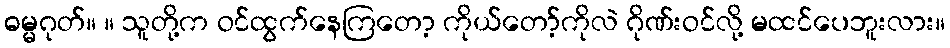
ဓမ္မဂုတ်။ ။ သူတို့က ဝင်ထွက်နေကြတော့ ကိုယ်တော့်ကိုလဲ ဂိုဏ်းဝင်လို့ မထင်ပေဘူးလား။